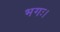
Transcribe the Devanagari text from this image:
भगः।